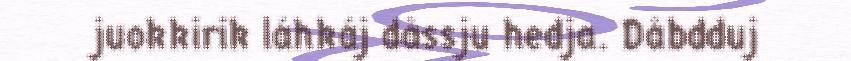
juokkirik láhkáj dåssju hedja. Dåbdduj